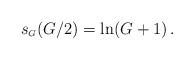
LaTeX: \begin{align*} s_{\scriptscriptstyle G} (G/2) = \ln (G+1) \,.\end{align*}